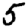
Digit: 5